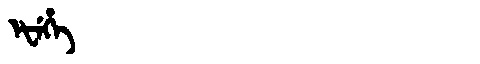
Manchu: ᡝᡶᡝᡥᡝ
Romanization: EFEHE